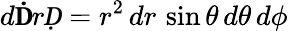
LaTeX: d\mathbf ḊrḌ=r^{2}\, dr\, \sin\theta\, d\theta\, d\phi